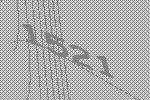
1521